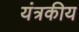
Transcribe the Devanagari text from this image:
यंत्रकीय